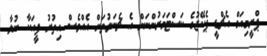
ޕްރީމިއަމް އެޗްޑީ ޕެކޭޖުގެ ކަސްޓަމަރުންނަށް އެ ޗެނަލުތަށް އެއްވެސް އިތުރު ފީއަކާ ނުލާ